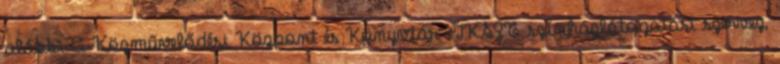
alábbi A Közművelődési Központ és Könyvtár –IKSZT színházlátogatást szervez,